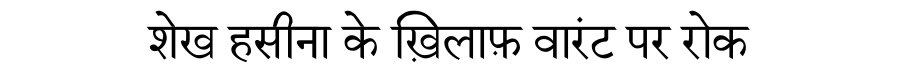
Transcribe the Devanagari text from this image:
शेख हसीना के ख़िलाफ़ वारंट पर रोक